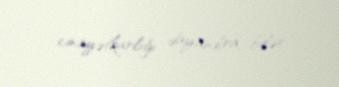
cinayətkarlığı dayandıra bilər.